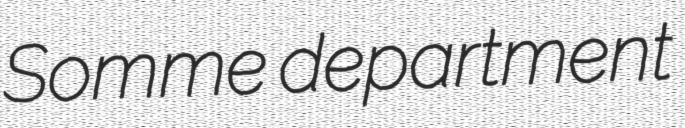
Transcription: Somme department